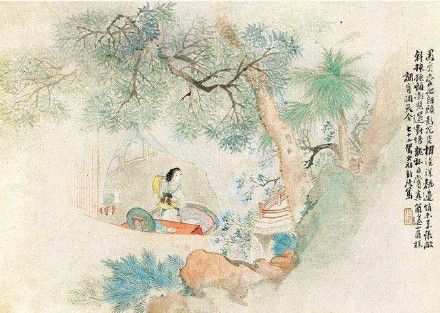
新妆宜面下朱楼，深锁春光一院愁。